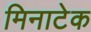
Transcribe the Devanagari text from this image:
मिनाटेक